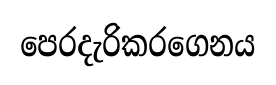
පෙරදැරිකරගෙනය